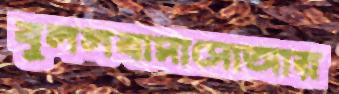
বুললবাসাসোআর